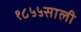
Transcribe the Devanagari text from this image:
१८५५साली